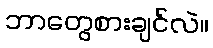
ဘာတွေစားချင်လဲ။